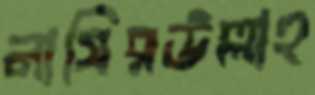
নাসিরউল্লাহ